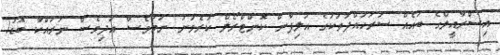
އިސްރާއީލްގެ ބައެއް ސަރަހައްދުތަކުގެ އަލިފާން ކޮންޓްރޯލް ކުރެވުނު ނަމަވެސް އަދިވެސް ނުރައްކާ ބޮޑު!